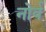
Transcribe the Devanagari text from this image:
नोर्व